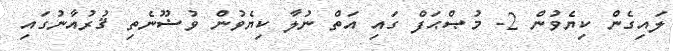
ލައިގެން ކިޔެވުން 2- މުޞްޙަފް ގައި އަތް ނުލާ ކިޔެވުން ވުޟޫނެތި ޤުރުއާނުގައި